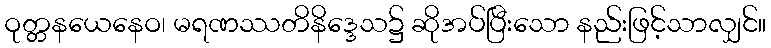
ဝုတ္တနယေနေဝ၊ မရဏဿတိနိဒ္ဒေသ၌ ဆိုအပ်ပြီးသော နည်းဖြင့်သာလျှင်။